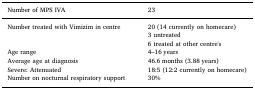
| Number of MPS IVA | 23 |
 | --- | --- |
 | Number treated with Vimizim in centre | 20 (14 currently on homecare)3 untreated6 treated at other centre's |
 | Age range | 4–16 years |
 | Average age at diagnosis | 46.6 months (3.88 years) |
 | Severe: Attenuated | 18:5 (12:2 currently on homecare) |
 | Number on nocturnal respiratory support | 30% |